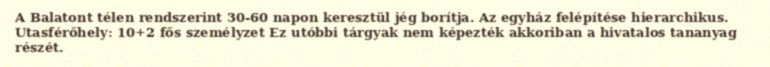
A Balatont télen rendszerint 30-60 napon keresztül jég borítja. Az egyház felépítése hierarchikus. Utasférőhely: 10+2 fős személyzet Ez utóbbi tárgyak nem képezték akkoriban a hivatalos tananyag részét.